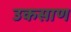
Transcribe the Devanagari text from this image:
उकसाण